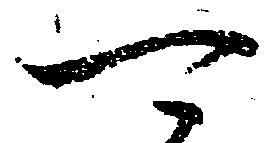
可